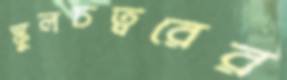
স্কুলচত্বরের